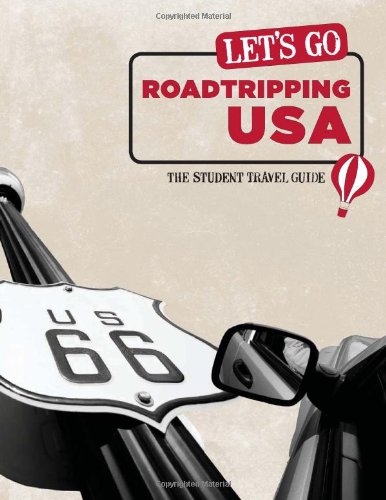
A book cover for Let's Go Roadtripping USA: The Student Travel Guide; Inc. Harvard Student Agencies; Travel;